Lunatic asylums Madras 1877-1891 - 1877-1891
Year: 1877
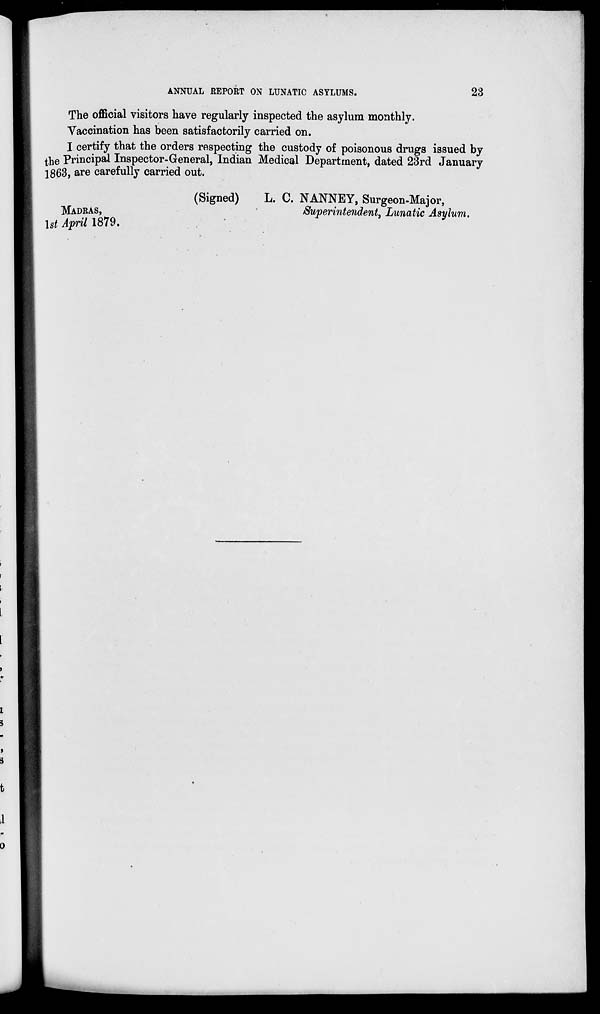
ANNUAL REPORT ON LUNATIC ASYLUMS.
23
The official visitors have regularly inspected the asylum monthly.
Vaccination has been satisfactorily carried on.
I certify that the orders respecting the custody of poisonous drugs issued by
the Principal Inspector-General, Indian Medical Department, dated 23rd January
1863, are carefully carried out.
(Signed)
L. C. NANNEY, Surgeon-Major,
MADRAS,
Superintendent, Lunatic Asylum.
1st April 1879.